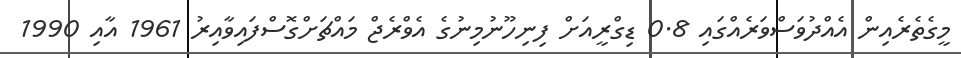
މީގެތެރެއިން އެއްދުވަސްވަރެއްގައި 0.8 ޑިގްރީއަށް ފިނިހޫނުމިނުގެ އެވްރެޖް މައްޗަށްގޮސްފައިވާއިރު 1961 އާއި 1990